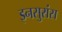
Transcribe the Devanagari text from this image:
इनसुरांस